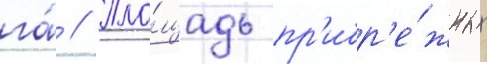
га́ // Пло́щадь пр'ибр'е́жных